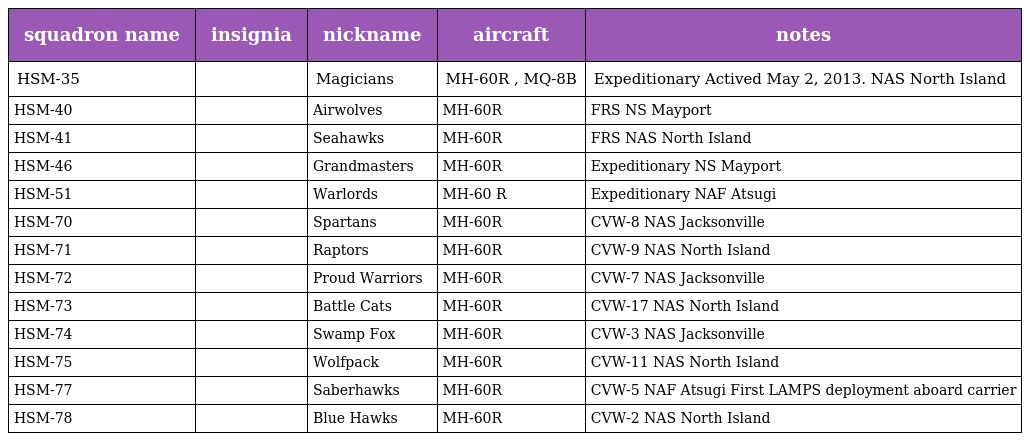
| squadron name | insignia | nickname | aircraft | notes |
 | --- | --- | --- | --- | --- |
 | HSM-35 |  | Magicians | MH-60R , MQ-8B | Expeditionary Actived May 2, 2013. NAS North Island |
 | HSM-40 |  | Airwolves | MH-60R | FRS NS Mayport |
 | HSM-41 |  | Seahawks | MH-60R | FRS NAS North Island |
 | HSM-46 |  | Grandmasters | MH-60R | Expeditionary NS Mayport |
 | HSM-51 |  | Warlords | MH-60 R | Expeditionary NAF Atsugi |
 | HSM-70 |  | Spartans | MH-60R | CVW-8 NAS Jacksonville |
 | HSM-71 |  | Raptors | MH-60R | CVW-9 NAS North Island |
 | HSM-72 |  | Proud Warriors | MH-60R | CVW-7 NAS Jacksonville |
 | HSM-73 |  | Battle Cats | MH-60R | CVW-17 NAS North Island |
 | HSM-74 |  | Swamp Fox | MH-60R | CVW-3 NAS Jacksonville |
 | HSM-75 |  | Wolfpack | MH-60R | CVW-11 NAS North Island |
 | HSM-77 |  | Saberhawks | MH-60R | CVW-5 NAF Atsugi First LAMPS deployment aboard carrier |
 | HSM-78 |  | Blue Hawks | MH-60R | CVW-2 NAS North Island |